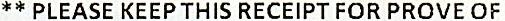
** PLEASE KEEP THIS RECEIPT FOR PROVE OF